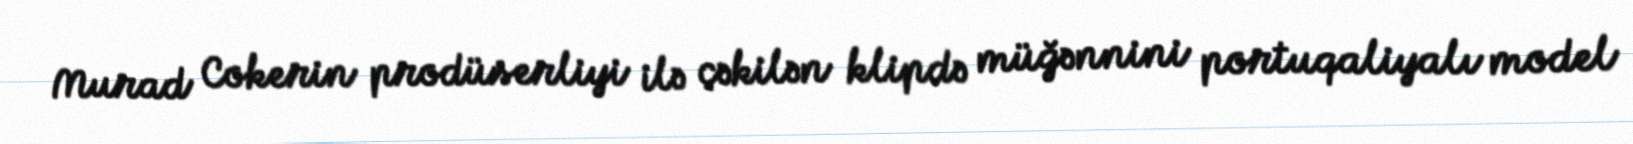
Murad Cokerin prodüserliyi ilə çəkilən klipdə müğənnini portuqaliyalı model